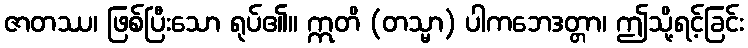
ဇာတဿ၊ ဖြစ်ပြီးသော ရုပ်၏။ ဣတိ (တသ္မာ) ပါကဘေဒတ္တာ၊ ဤသို့ရင့်ခြင်း